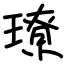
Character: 璙